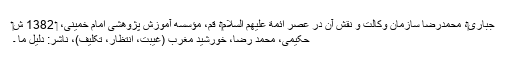
جبارى‏، محمدرضا سازمان وکالت و نقش آن در عصر ائمة علیهم السلام‏، قم، مؤسسه آموزش پژوهشى امام خمینى، ‏ 1382 ش‏
حکیمی، محمد رضا، خورشید مغرب (غیبت، انتظار، تکلیف)، ناشر: دلیل ما ۔